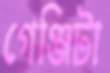
গেঞ্জিটা